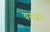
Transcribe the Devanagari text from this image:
यंगअन